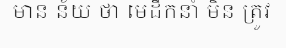
មាន ន័យ ថា មេដឹកនាំ មិន ត្រូវ